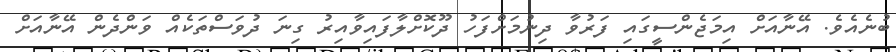
ބުނެއެވެ. އޭނާއަށް އިމަޖެންސީގައި ފަރުވާ ދިނުމަށްފަހު ދޫކޮށްލާފައިވާއިރު ގިނަ ދުވަސްތަކެއް ވަންދެން އޭނާއަށް